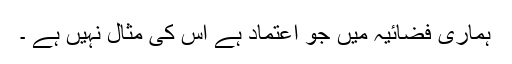
ہماری فضائیہ میں جو اعتماد ہے اس کی مثال نہیں ہے ۔